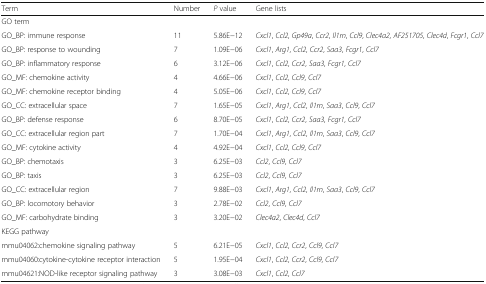
<table><thead><tr><td><b>Term</b></td><td><b>Number</b></td><td><b><i>P</i> value</b></td><td><b>Gene lists</b></td></tr></thead><tbody><tr><td colspan="4">GO term</td></tr><tr><td>GO_BP: immune response</td><td>11</td><td>5.86E−12</td><td><i>Cxcl1</i>, <i>Ccl2</i>, <i>Gp49a</i>, <i>Ccr2</i>, <i>Il1rn</i>, <i>Ccl9</i>, <i>Clec4a2</i>, <i>AF251705</i>, <i>Clec4d</i>, <i>Fcgr1</i>, <i>Ccl7</i></td></tr><tr><td>GO_BP: response to wounding</td><td>7</td><td>1.09E−06</td><td><i>Cxcl1</i>, <i>Arg1</i>, <i>Ccl2</i>, <i>Ccr2</i>, <i>Saa3</i>, <i>Fcgr1</i>, <i>Ccl7</i></td></tr><tr><td>GO_BP: inflammatory response</td><td>6</td><td>3.12E−06</td><td><i>Cxcl1</i>, <i>Ccl2</i>, <i>Ccr2</i>, <i>Saa3</i>, <i>Fcgr1</i>, <i>Ccl7</i></td></tr><tr><td>GO_MF: chemokine activity</td><td>4</td><td>4.66E−06</td><td><i>Cxcl1</i>, <i>Ccl2</i>, <i>Ccl9</i>, <i>Ccl7</i></td></tr><tr><td>GO_MF: chemokine receptor binding</td><td>4</td><td>5.05E−06</td><td><i>Cxcl1</i>, <i>Ccl2</i>, <i>Ccl9</i>, <i>Ccl7</i></td></tr><tr><td>GO_CC: extracellular space</td><td>7</td><td>1.65E−05</td><td><i>Cxcl1</i>, <i>Arg1</i>, <i>Ccl2</i>, <i>Il1rn</i>, <i>Saa3</i>, <i>Ccl9</i>, <i>Ccl7</i></td></tr><tr><td>GO_BP: defense response</td><td>6</td><td>8.70E−05</td><td><i>Cxcl1</i>, <i>Ccl2</i>, <i>Ccr2</i>, <i>Saa3</i>, <i>Fcgr1</i>, <i>Ccl7</i></td></tr><tr><td>GO_CC: extracellular region part</td><td>7</td><td>1.70E−04</td><td><i>Cxcl1</i>, <i>Arg1</i>, <i>Ccl2</i>, <i>Il1rn</i>, <i>Saa3</i>, <i>Ccl9</i>, <i>Ccl7</i></td></tr><tr><td>GO_MF: cytokine activity</td><td>4</td><td>4.92E−04</td><td><i>Cxcl1</i>, <i>Ccl2</i>, <i>Ccl9</i>, <i>Ccl7</i></td></tr><tr><td>GO_BP: chemotaxis</td><td>3</td><td>6.25E−03</td><td><i>Ccl2</i>, <i>Ccl9</i>, <i>Ccl7</i></td></tr><tr><td>GO_BP: taxis</td><td>3</td><td>6.25E−03</td><td><i>Ccl2</i>, <i>Ccl9</i>, <i>Ccl7</i></td></tr><tr><td>GO_CC: extracellular region</td><td>7</td><td>9.88E−03</td><td><i>Cxcl1</i>, <i>Arg1</i>, <i>Ccl2</i>, <i>Il1rn</i>, <i>Saa3</i>, <i>Ccl9</i>, <i>Ccl7</i></td></tr><tr><td>GO_BP: locomotory behavior</td><td>3</td><td>2.78E−02</td><td><i>Ccl2</i>, <i>Ccl9</i>, <i>Ccl7</i></td></tr><tr><td>GO_MF: carbohydrate binding</td><td>3</td><td>3.20E−02</td><td><i>Clec4a2</i>, <i>Clec4d</i>, <i>Ccl7</i></td></tr><tr><td colspan="4">KEGG pathway</td></tr><tr><td>mmu04062:chemokine signaling pathway</td><td>5</td><td>6.21E−05</td><td><i>Cxcl1</i>, <i>Ccl2</i>, <i>Ccr2</i>, <i>Ccl9</i>, <i>Ccl7</i></td></tr><tr><td>mmu04060:cytokine-cytokine receptor interaction</td><td>5</td><td>1.95E−04</td><td><i>Cxcl1</i>, <i>Ccl2</i>, <i>Ccr2</i>, <i>Ccl9</i>, <i>Ccl7</i></td></tr><tr><td>mmu04621:NOD-like receptor signaling pathway</td><td>3</td><td>3.08E−03</td><td><i>Cxcl1</i>, <i>Ccl2</i>, <i>Ccl7</i></td></tr></tbody></table>